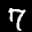
Label: 7